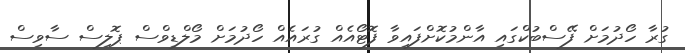
ގުރާ ހޯދުމަށް ފޭސްބުކްގައި އާންމުކޮށްފައިވާ ފޮޓޯއެއް ގުރައެއް ހޯދުމަށް މޯލްޑިވްސް ޕޮލިސް ސާވިސް